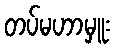
တပ်မဟာမှူး